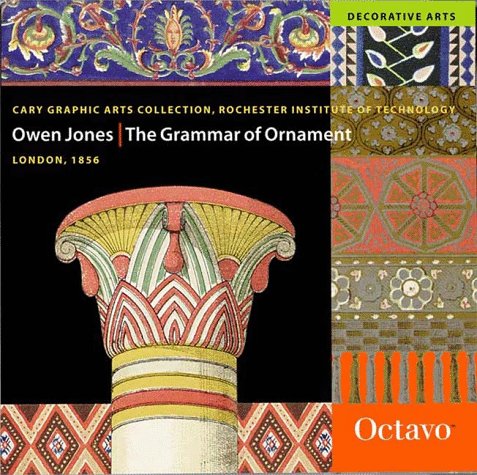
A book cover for The Grammar of Ornament; Owen Jones; Arts & Photography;